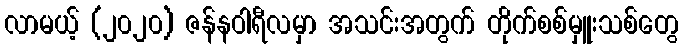
လာမယ့် (၂၀၂၀) ဇန်နဝါရီလမှာ အသင်းအတွက် တိုက်စစ်မှူးသစ်တွေ